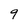
Character: 9